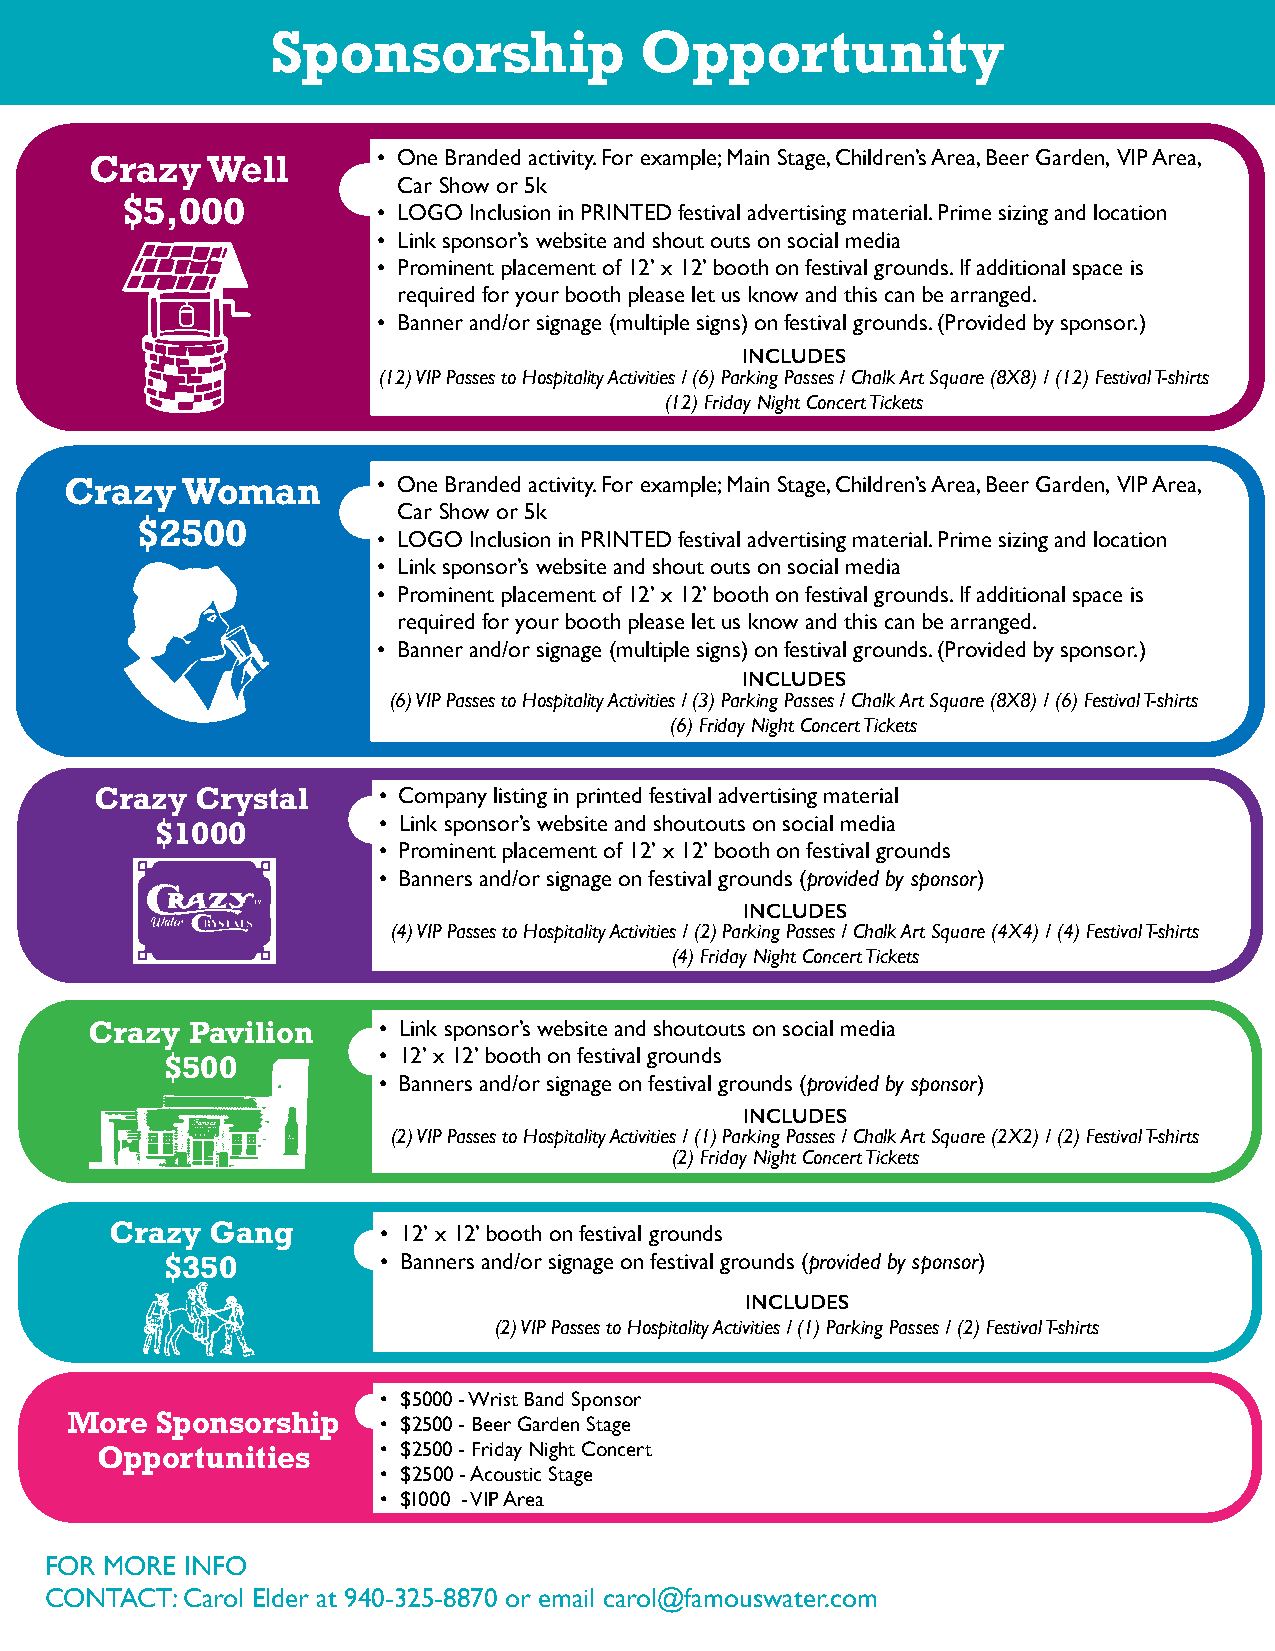
Sponsorship             Opportunity
 • One Branded activity. For example; Main Stage, Children’s Area, Beer Garden, VIP Area,
 Crazy   Well
 Car Show or 5k
 $5,000           • LOGO Inclusion in PRINTED festival advertising material. Prime sizing and location
 • Link sponsor’s website and shout outs on social media
 • Prominent placement of 12’ x 12’ booth on festival grounds. If additional space is
 required for your booth please let us know and this can be arranged.
 • Banner and/or signage (multiple signs) on festival grounds. (Provided by sponsor.)
 INCLUDES
 (12) VIP Passes to Hospitality Activities / (6) Parking Passes / Chalk Art Square (8X8) / (12) Festival T-shirts
 (12) Friday Night Concert Tickets
 Crazy   Woman        • One Branded activity. For example; Main Stage, Children’s Area, Beer Garden, VIP Area,
 Car Show or 5k
 $2500
 • LOGO Inclusion in PRINTED festival advertising material. Prime sizing and location
 • Link sponsor’s website and shout outs on social media
 • Prominent placement of 12’ x 12’ booth on festival grounds. If additional space is
 required for your booth please let us know and this can be arranged.
 • Banner and/or signage (multiple signs) on festival grounds. (Provided by sponsor.)
 INCLUDES
 (6) VIP Passes to Hospitality Activities / (3) Parking Passes / Chalk Art Square (8X8) / (6) Festival T-shirts
 (6) Friday Night Concert Tickets
 Crazy  Crystal     • Company listing in printed festival advertising material
 • Link sponsor’s website and shoutouts on social media
 $1000
 • Prominent placement of 12’ x 12’ booth on festival grounds
 • Banners and/or signage on festival grounds (provided by sponsor)
 INCLUDES
 (4) VIP Passes to Hospitality Activities / (2) Parking Passes / Chalk Art Square (4X4) / (4) Festival T-shirts
 (4) Friday Night Concert Tickets
 Crazy Pavilion     • Link sponsor’s website and shoutouts on social media
 • 12’ x 12’ booth on festival grounds
 $500
 • Banners and/or signage on festival grounds (provided by sponsor)
 INCLUDES
 (2) VIP Passes to Hospitality Activities / (1) Parking Passes / Chalk Art Square (2X2) / (2) Festival T-shirts
 (2) Friday Night Concert Tickets
 Crazy  Gang       • 12’ x 12’ booth on festival grounds
 • Banners and/or signage on festival grounds (provided by sponsor)
 $350
 INCLUDES
 (2) VIP Passes to Hospitality Activities / (1) Parking Passes / (2) Festival T-shirts
 • $5000 - Wrist Band Sponsor
 More  Sponsorship    • $2500 - Beer Garden Stage
 • $2500 - Friday Night Concert
 Opportunities
 • $2500 - Acoustic Stage
 • $1000 - VIP Area
 FOR MORE INFO
 CONTACT: Carol Elder at 940-325-8870 or email carol@famouswater.com